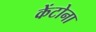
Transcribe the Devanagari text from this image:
केंटोना